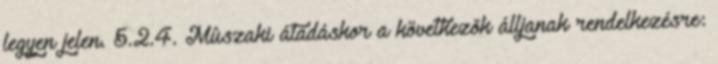
legyen jelen. 5.2.4. Mûszaki átadáskor a következõk álljanak rendelkezésre: